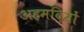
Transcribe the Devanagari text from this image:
अहमदियों